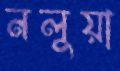
নলুয়া